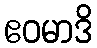
ဧဝမာဒိ